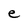
Character: e